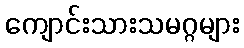
ကျောင်းသားသမဂ္ဂများ